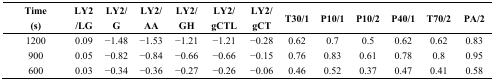
<table><thead><tr><td><b>Time (s)</b></td><td><b>LY2/LG</b></td><td><b>LY2/G</b></td><td><b>LY2/AA</b></td><td><b>LY2/GH</b></td><td><b>LY2/gCTL</b></td><td><b>LY2/gCT</b></td><td><b>T30/1</b></td><td><b>P10/1</b></td><td><b>P10/2</b></td><td><b>P40/1</b></td><td><b>T70/2</b></td><td><b>PA/2</b></td></tr></thead><tbody><tr><td>1200</td><td>0.09</td><td>−1.48</td><td>−1.53</td><td>−1.21</td><td>−1.21</td><td>−0.28</td><td>0.62</td><td>0.7</td><td>0.5</td><td>0.62</td><td>0.62</td><td>0.83</td></tr><tr><td>900</td><td>0.05</td><td>−0.82</td><td>−0.84</td><td>−0.66</td><td>−0.66</td><td>−0.15</td><td>0.76</td><td>0.83</td><td>0.61</td><td>0.78</td><td>0.8</td><td>0.95</td></tr><tr><td>600</td><td>0.03</td><td>−0.34</td><td>−0.36</td><td>−0.27</td><td>−0.26</td><td>−0.06</td><td>0.46</td><td>0.52</td><td>0.37</td><td>0.47</td><td>0.41</td><td>0.58</td></tr></tbody></table>